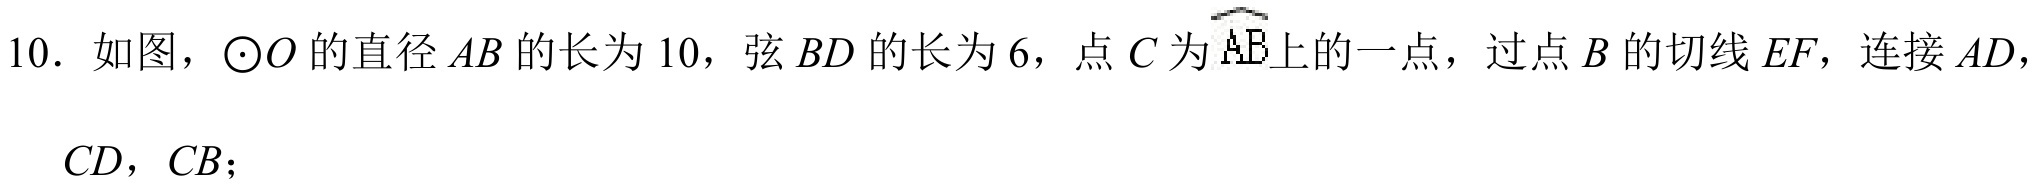
10. 如图，\(\odot O\)的直径\(AB\)的长为\(10\)，弦\(BD\)的长为\(6\)，点\(C\)为\(\overset{\frown}{AB}\)上的一点，过点\(B\)的切线\(EF\)，连接\(AD\)，\(CD\)，\(CB\)；